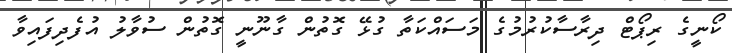
ކޯނީގެ ރިޕޯޓް ދިރާސާކުރުމުގެ މަސައްކަތާ ގުޅޭ ގޮތުން ގާނޫނީ ގޮތުން ސުވާލު އުފެދިފައިވާ